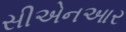
સીએનઆર